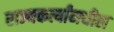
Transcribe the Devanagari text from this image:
राज्यकर्त्यांमधील